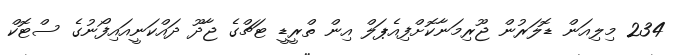
234 މިލިއަން ޑޮލަރުން ޖޫރިމަނާކޮށްފިއެޕަލް އިން ތްރީޑީ ޓަޗްގެ ޖާދޫ ދައްކަނީއައިފޯނުގެ ސްޓޮކް